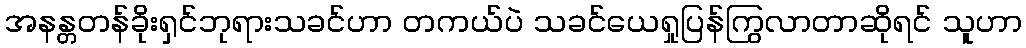
အနန္တတန်ခိုးရှင်ဘုရားသခင်ဟာ တကယ်ပဲ သခင်ယေရှုပြန်ကြွလာတာဆိုရင် သူဟာ